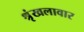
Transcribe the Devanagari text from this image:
श्रृंखलावार